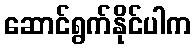
ဆောင်ရွက်နိုင်ပါက